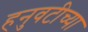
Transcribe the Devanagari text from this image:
हनुवटीच्या